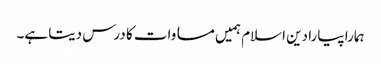
ہمارا پیارا دین اسلام ہمیں مساوات کا درس دیتا ہے۔